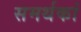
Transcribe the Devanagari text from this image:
समर्थकां